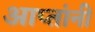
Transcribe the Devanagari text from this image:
आप्तांनीं